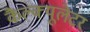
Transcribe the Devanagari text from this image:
कैल्क्यूलेटर